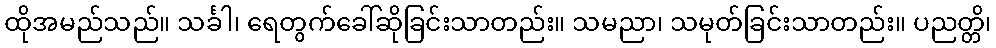
ထိုအမည်သည်။ သင်္ခါ၊ ရေတွက်ခေါ်ဆိုခြင်းသာတည်း။ သမညာ၊ သမုတ်ခြင်းသာတည်း။ ပညတ္တိ၊